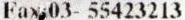
FAX:03- 55423213